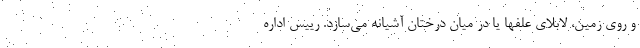
و روی زمین، لابلای علفها یا در میان درختان آشیانه می‌سازد. رییس اداره